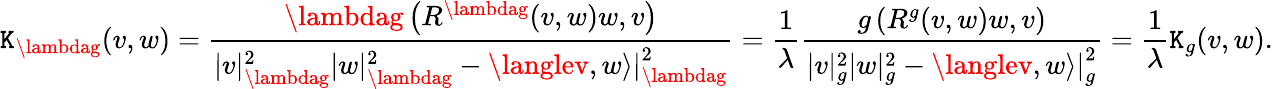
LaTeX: \mathtt{K}_{\lambdag}(v,w)={\frac{{\lambdag\left(R^{\lambdag}(v,w)w,v\right)}}{{|v|_{\lambdag}^{2}|w|_{\lambdag}^{2}-\langlev,w\rangle{\vphantom{}{{|}}}_{\lambdag}^{2}}}}={\frac{{1}}{{\lambda}}}{\frac{{g\left(R^{g}(v,w)w,v\right)}}{{|v|_{g}^{2}|w|_{g}^{2}-\langlev,w\rangle{\vphantom{}{{|}}}_{g}^{2}}}}={\frac{{1}}{{\lambda}}}\mathtt{K}_{g}(v,w).